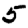
Digit: 5